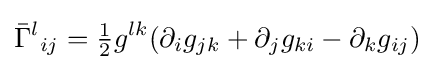
{\bar {\Gamma }}^{l}{}{}_{ij}={\tfrac {1}{2}}g^{lk}(\partial _{i}g_{jk}+\partial _{j}g_{ki}-\partial _{k}g_{ij})